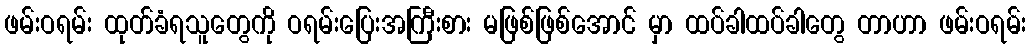
ဖမ်းဝရမ်း ထုတ်ခံရသူတွေကို ဝရမ်းပြေးအကြီးစား မဖြစ်ဖြစ်အောင် မှာ ထပ်ခါထပ်ခါတွေ တာဟာ ဖမ်းဝရမ်း